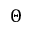
\Theta